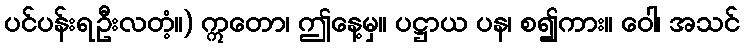
ပင်ပန်းရဦးလတံ့။) ဣတော၊ ဤနေ့မှ။ ပဋ္ဌာယ ပန၊ စ၍ကား။ ဝေါ၊ အသင်